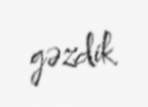
gəzdik.